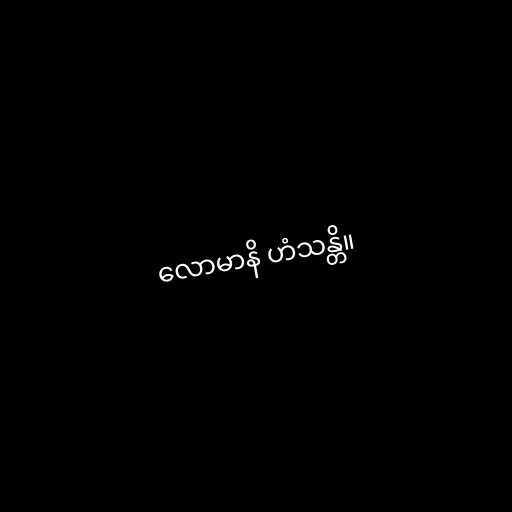
လောမာနိ ဟံသန္တိ။